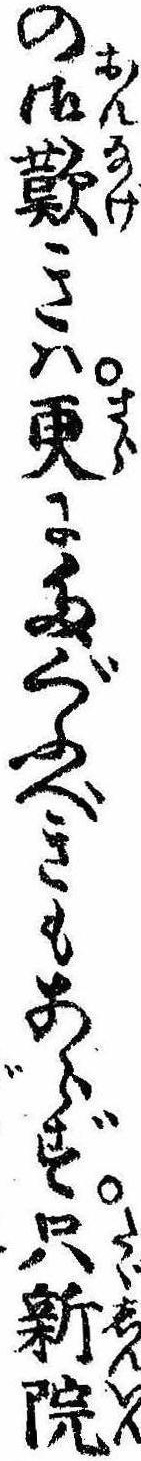
の御歎きは更にたぐふべきもあらず只新院